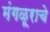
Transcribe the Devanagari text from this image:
मंगळूराचे